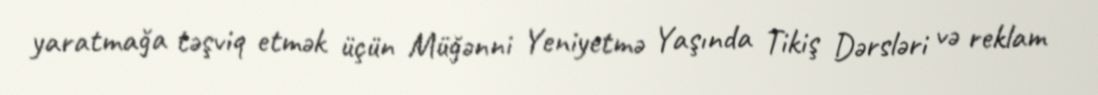
yaratmağa təşviq etmək üçün Müğənni Yeniyetmə Yaşında Tikiş Dərsləri və reklam